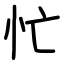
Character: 忙